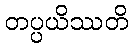
တပ္ပယိဿတိ